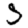
Digit: 5